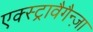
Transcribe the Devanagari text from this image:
एक्स्ट्रावैगैन्ज़ा